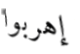
إهربوا